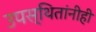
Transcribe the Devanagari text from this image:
उपस्थितांनीही